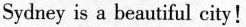
Sydney is a beautiful city!